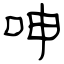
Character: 呻